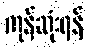
ကုန်ဆုံးရန်